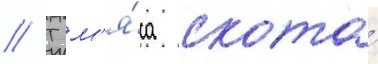
// Т м'я́са скота́